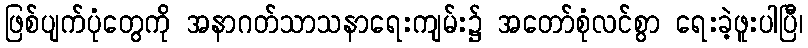
ဖြစ်ပျက်ပုံတွေကို အနာဂတ်သာသနာရေးကျမ်း၌ အတော်စုံလင်စွာ ရေးခဲ့ဖူးပါပြီ၊